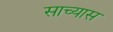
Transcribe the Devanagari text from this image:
साच्यास